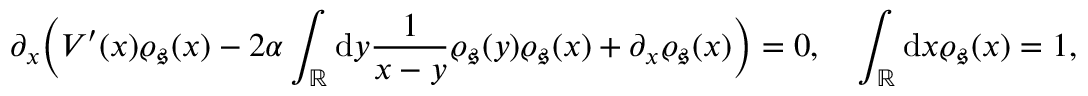
\partial _ { x } \Big ( V ^ { \prime } ( x ) \varrho _ { \mathfrak { s } } ( x ) - 2 \alpha \int _ { \mathbb { R } } \mathrm { d } y \frac { 1 } { x - y } \varrho _ { \mathfrak { s } } ( y ) \varrho _ { \mathfrak { s } } ( x ) + \partial _ { x } \varrho _ { \mathfrak { s } } ( x ) \Big ) = 0 , \quad \int _ { \mathbb { R } } \mathrm { d } x \varrho _ { \mathfrak { s } } ( x ) = 1 ,